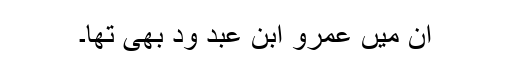
ان میں عمرو ابن عبد وُد بھی تھا۔